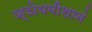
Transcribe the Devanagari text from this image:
ज्ञेयमीशानं